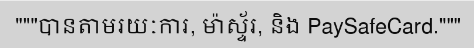
"""បានតាមរយៈការ, ម៉ាស្ទ័រ, និង PaySafeCard."""